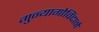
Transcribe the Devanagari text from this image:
गुन्यागोविंदाने